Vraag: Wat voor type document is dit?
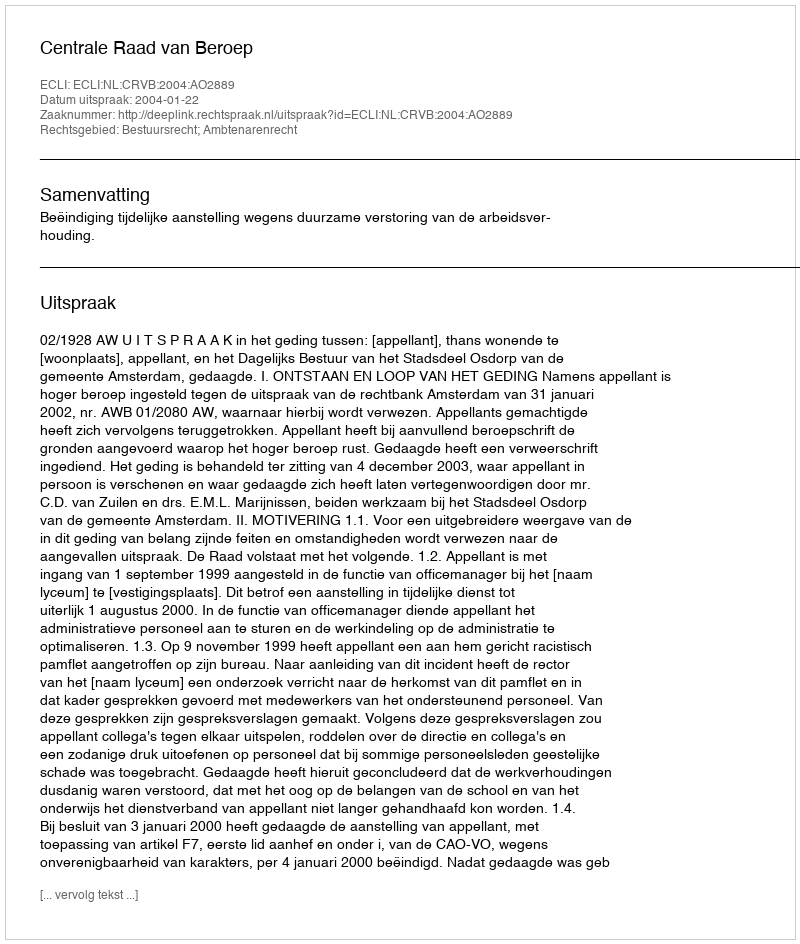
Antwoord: Uitspraak